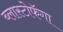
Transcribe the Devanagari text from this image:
ब्लास्टोफॅगा